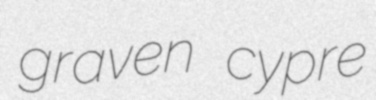
graven cypre